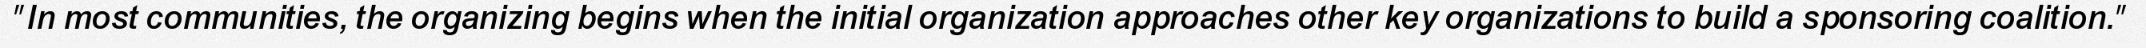
"In most communities, the organizing begins when the initial organization approaches other key organizations to build a sponsoring coalition."